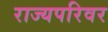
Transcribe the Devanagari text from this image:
राज्यपरिवर